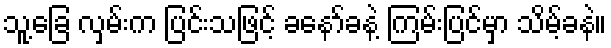
သူ့ခြေ လှမ်းက ပြင်းသဖြင့် ခနော်ခနဲ့ ကြမ်းပြင်မှာ သိမ့်ခနဲ။